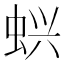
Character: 𬠇